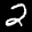
Label: 2